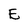
Character: E